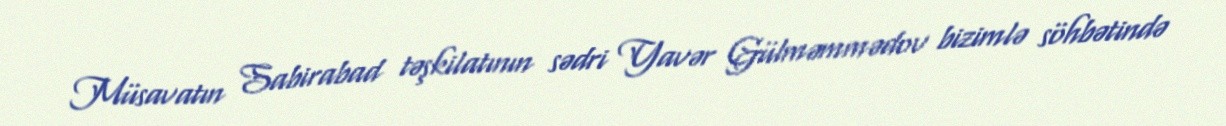
Müsavatın Sabirabad təşkilatının sədri Yavər Gülməmmədov bizimlə söhbətində